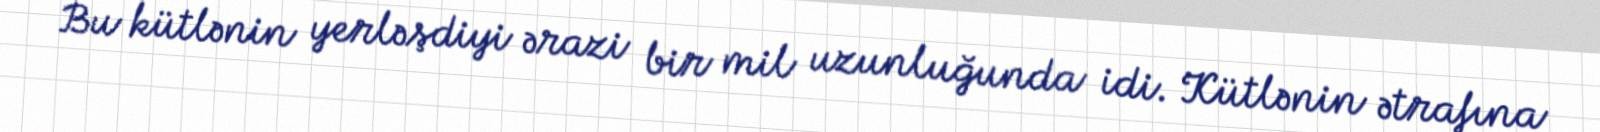
Bu kütlənin yerləşdiyi ərazi bir mil uzunluğunda idi. Kütlənin ətrafına